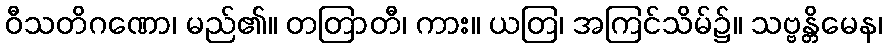
ဝီသတိဂဏော၊ မည်၏။ တတြာတီ၊ ကား။ ယတြ၊ အကြင်သိမ်၌။ သဗ္ဗန္တိမေန၊